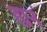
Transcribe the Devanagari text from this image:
ह्यनं